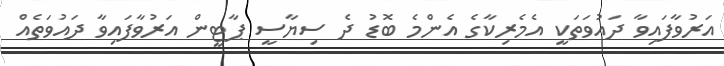
އަރުވާފައިވާ ދައުވަތަކީ އެމެރިކާގެ އެންމެ ބޮޑު ދެ ސިޔާސީ ޕާޓީން އަރުވާފައިވާ ދައުވަތެއް